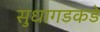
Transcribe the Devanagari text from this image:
सुधागडकडे